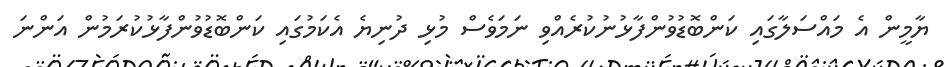
ޔާމީން އެ މައްސަލާގައި ކަންބޮޑުވުންފާޅުނުކުރެއްވި ނަމަވެސް މުޅި ދުނިޔެ އެކަމުގައި ކަންބޮޑުވުންފާޅުކުރަމުން އަންނަ